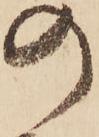
の